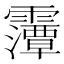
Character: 䨵